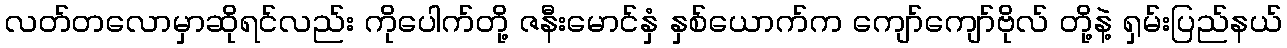
လတ်တလောမှာဆိုရင်လည်း ကိုပေါက်တို့ ဇနီးမောင်နှံ နှစ်ယောက်က ကျော်ကျော်ဗိုလ် တို့နဲ့ ရှမ်းပြည်နယ်